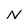
Character: N